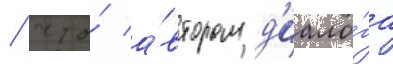
/ что́ а́втором д'иало́га